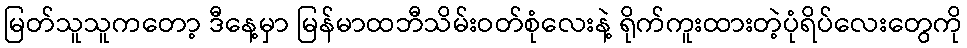
မြတ်သူသူကတော့ ဒီနေ့မှာ မြန်မာထဘီသိမ်းဝတ်စုံလေးနဲ့ ရိုက်ကူးထားတဲ့ပုံရိပ်လေးတွေကို